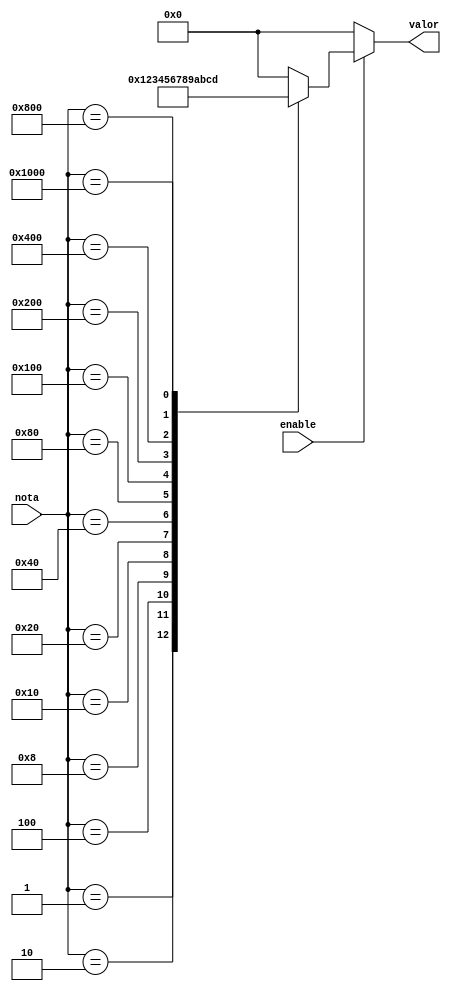
module encoder_nota ( 
    input [12:0]      nota,   
    input             enable, 
    output reg [3:0]  valor
); 
        
    always @* begin
        if (!enable) begin
            valor = 4'b0;
        end
        else begin
            case (nota)
                13'b0000000000001: valor = 4'd1;
                13'b0000000000010: valor = 4'd2;
                13'b0000000000100: valor = 4'd3;
                13'b0000000001000: valor = 4'd4;
                13'b0000000010000: valor = 4'd5;
                13'b0000000100000: valor = 4'd6;
                13'b0000001000000: valor = 4'd7;
                13'b0000010000000: valor = 4'd8;
                13'b0000100000000: valor = 4'd9;
                13'b0001000000000: valor = 4'd10;
                13'b0010000000000: valor = 4'd11;
                13'b0100000000000: valor = 4'd12;
                13'b1000000000000: valor = 4'd13;
                default:           valor = 4'b0;
            endcase
        end
    end
 
endmodule